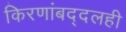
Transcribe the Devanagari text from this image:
किरणांबद्दलही